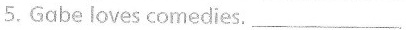
5. Gabe loves comedies.